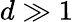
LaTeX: d\gg 1